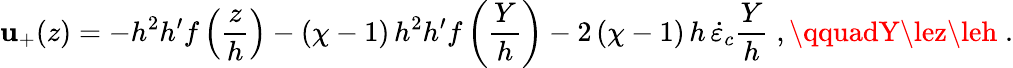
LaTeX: \mathbf{u}_{+}(z)=-h^{2}h^{\prime}f\left(\frac{{z}}{{h}}\right)-(\chi-1)\, h^{2}h^{\prime}f\left(\frac{{Y}}{{h}}\right)-2\, (\chi-1)\, h\, \dot{{\varepsilon}}_{c}\frac{{Y}}{{h}}\; ,\qquadY\lez\leh\; .